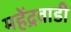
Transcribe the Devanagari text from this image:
महेंद्रवाडी